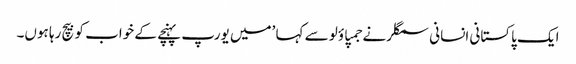
ایک پاکستانی انسانی سمگلر نے جمپاؤلو سے کہا ’میں یورپ پہنچے کے خواب کو بیچ رہا ہوں۔